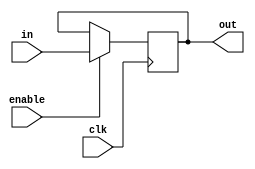
module hack_bit(in,enable,clk,out);
  input   in,enable,clk;
  output  out;

  reg     out;

  always @(posedge clk) begin
    if (enable) begin
      out <= in;
    end 
  end
endmodule